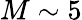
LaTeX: M\sim 5